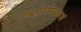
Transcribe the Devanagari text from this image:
दिव्यमुदर्यमाकरजं